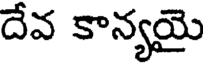
దేవ కాన్యయై